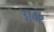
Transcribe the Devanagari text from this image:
३७४२